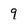
Character: 9